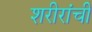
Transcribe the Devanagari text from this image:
शरीरांची